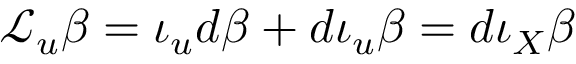
\mathcal { L } _ { u } \beta = \iota _ { u } d \beta + d \iota _ { u } \beta = d \iota _ { X } \beta